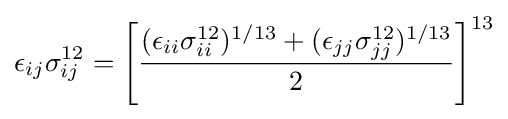
\epsilon _{ij}\sigma _{ij}^{12}=\left[{\frac {(\epsilon _{ii}\sigma _{ii}^{12})^{1/13}+(\epsilon _{jj}\sigma _{jj}^{12})^{1/13}}{2}}\right]^{13}